Indian journal of veterinary science and animal husbandry - Volume 8,
Year: 1938
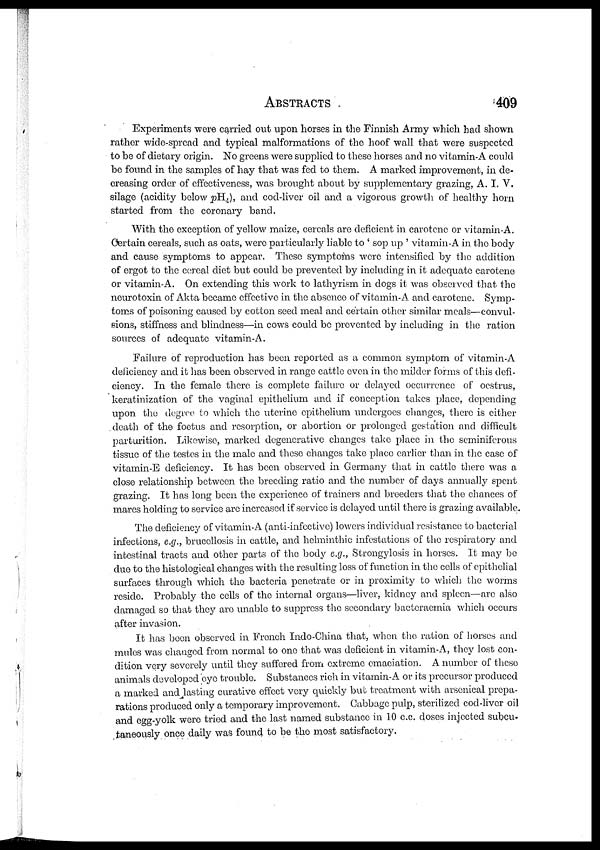
ABSTRACTS
409
Experiments were carried out upon horses in the Finnish Army which had shown
rather wide-spread and typical malformations of the hoof wall that were suspected
to be of dietary origin. No greens were supplied to these horses and no vitamin-A could
be found in the samples of hay that was fed to them. A marked improvement, in de-
creasing order of effectiveness, was brought about by supplementary grazing, A. I. V.
silage (acidity below pH 4 ), and cod-liver oil and a vigorous growth of healthy horn
started from the coronary band.
With the exception of yellow maize, cereals are deficient in carotene or vitamin-A.
Certain cereals, such as oats, were particularly liable to ' sop up ' vitamin-A in the body
and cause symptoms to appear. These symptoms were intensified by the addition
of ergot to the cereal diet but could be prevented by including in it adequate carotene
or vitamin-A. On extending this work to lathyrism in dogs it was observed that the
neurotoxin of Akta became effective in the absence of vitamin-A and carotene. Symp-
toms of poisoning caused by cotton seed meal and certain other similar meals—convul-
sions, stiffness and blindness—in cows could be prevented by including in the ration
sources of adequate vitamin-A.
Failure of reproduction has been reported as a common symptom of vitamin-A
deficiency and it has been observed in range cattle even in the milder forms of this defi-
ciency. In the female there is complete failure or delayed occurrence of oestrus,
keratinization of the vaginal epithelium and if conception takes place, depending
upon the degree to which the uterine epithelium undergoes changes, there is either
death of the foetus and resorption, or abortion or prolonged gestation and difficult
parturition. Likewise, marked degenerative changes take place in the seminiferous
tissue of the testes in the male and these changes take place earlier than in the case of
vitamin-E deficiency. It has been observed in Germany that in cattle there was a
close relationship between the breeding ratio and the number of days annually spent
grazing. It has long been the experience of trainers and breeders that the chances of
mares holding to service are increased if service is delayed until there is grazing available.
The deficiency of vitamin-A (anti-infective) lowers individual resistance to bacterial
infections, e.g., brucellosis in cattle, and helminthic infestations of the respiratory and
intestinal tracts and other parts of the body e.g., Strongylosis in horses. It may be
due to the histological changes with the resulting loss of function in the cells of epithelial
surfaces through which the bacteria penetrate or in proximity to which the worms
reside. Probably the cells of the internal organs—liver, kidney and spleen—are also
damaged so that they are unable to suppress the secondary bacteraemia which occurs
after invasion.
It has been observed in French Indo-China that, when the ration of horses and
mules was changed from normal to one that was deficient in vitamin-A, they lost con-
dition very severely until they suffered from extreme emaciation. A number of these
animals developed eye trouble. Substances rich in vitamin-A or its precursor produced
a marked and lasting curative effect very quickly but treatment with arsenical prepa-
rations produced only a temporary improvement. Cabbage pulp, sterilized cod-liver oil
and egg-yolk were tried and the last named substance in 10 c.c. doses injected subcu.
taneously once daily was found to be the most satisfactory.